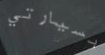
بسيارتي